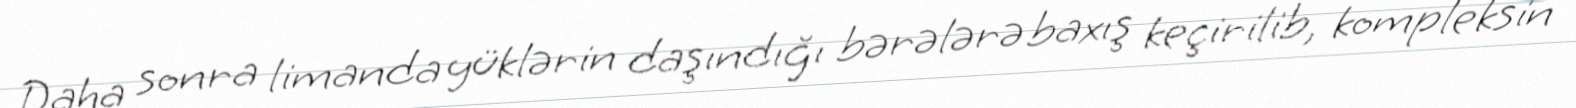
Daha sonra limanda yüklərin daşındığı bərələrə baxış keçirilib, kompleksin